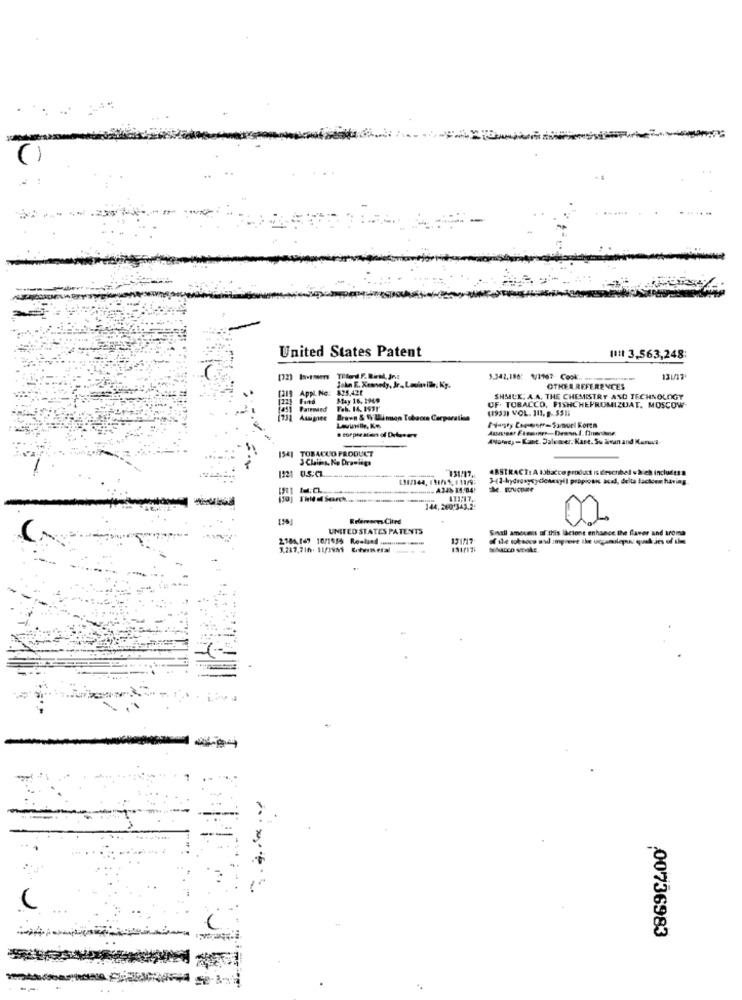
United States Patent
1111 3,563,248;
3.342,186: 1/1967 Cook
131/17
[21] Appl. No:
John F. Kennedy, Jr ., Louisville: Ky.
OTHER REFERENCES
Forts
May 16, 1949
SHMUK. A.A. THE CHEMISTRY AND TECHNOLOGY
Pairmied
F.K. 14. 1931'
OF. TOBACCO, FISHCHEPROMIZUAT. MOSCOW
(1933) VOL. 111. 9- 5511
1731 Augies
Brawn & 9, Ulmion Tobacis Corporation
4Norway -Kant. Dalemer, Kant. Su Siean and Manua-
154] TOBACCO PRODUCT
3 Clalis, Ko Drawlegs
1221 0.5.CL
--
ABSTRACT: A 13bacco product is described which includesa
131/144, 1 1/5, 1 11/9:
3-41-hydrowysycicnexyil propioni acad, delta lactoem having.
- A246 14,84!
144,2001343.2
Erlemans Cited
02
UNITED STATES PATENTS
Small ammeveit of this lactone enhance the flavor and aroma
2781,147 16/1556 Reale. ............... #
131717
00736983